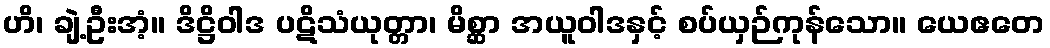
ဟိ၊ ချဲ့ဦးအံ့။ ဒိဋ္ဌိဝါဒ ပဋိသံယုတ္တာ၊ မိစ္ဆာ အယူဝါဒနှင့် စပ်ယှဉ်ကုန်သော။ ယေဧတေ